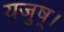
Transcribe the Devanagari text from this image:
यजुष्।